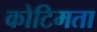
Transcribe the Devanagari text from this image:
कोटिमता